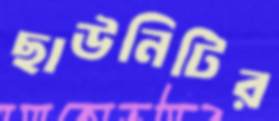
ছাউনিটির